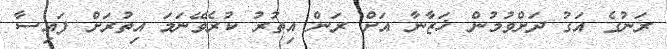
ރަނުގެ އަގު ދަށްވުމުން ޚަޒާނާ އަށް ރަން އިތުރު ކުރެވޭނަމަ އިތުރަށް ފައިސާ